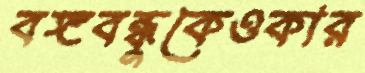
বঙ্গবন্ধুকেওকার